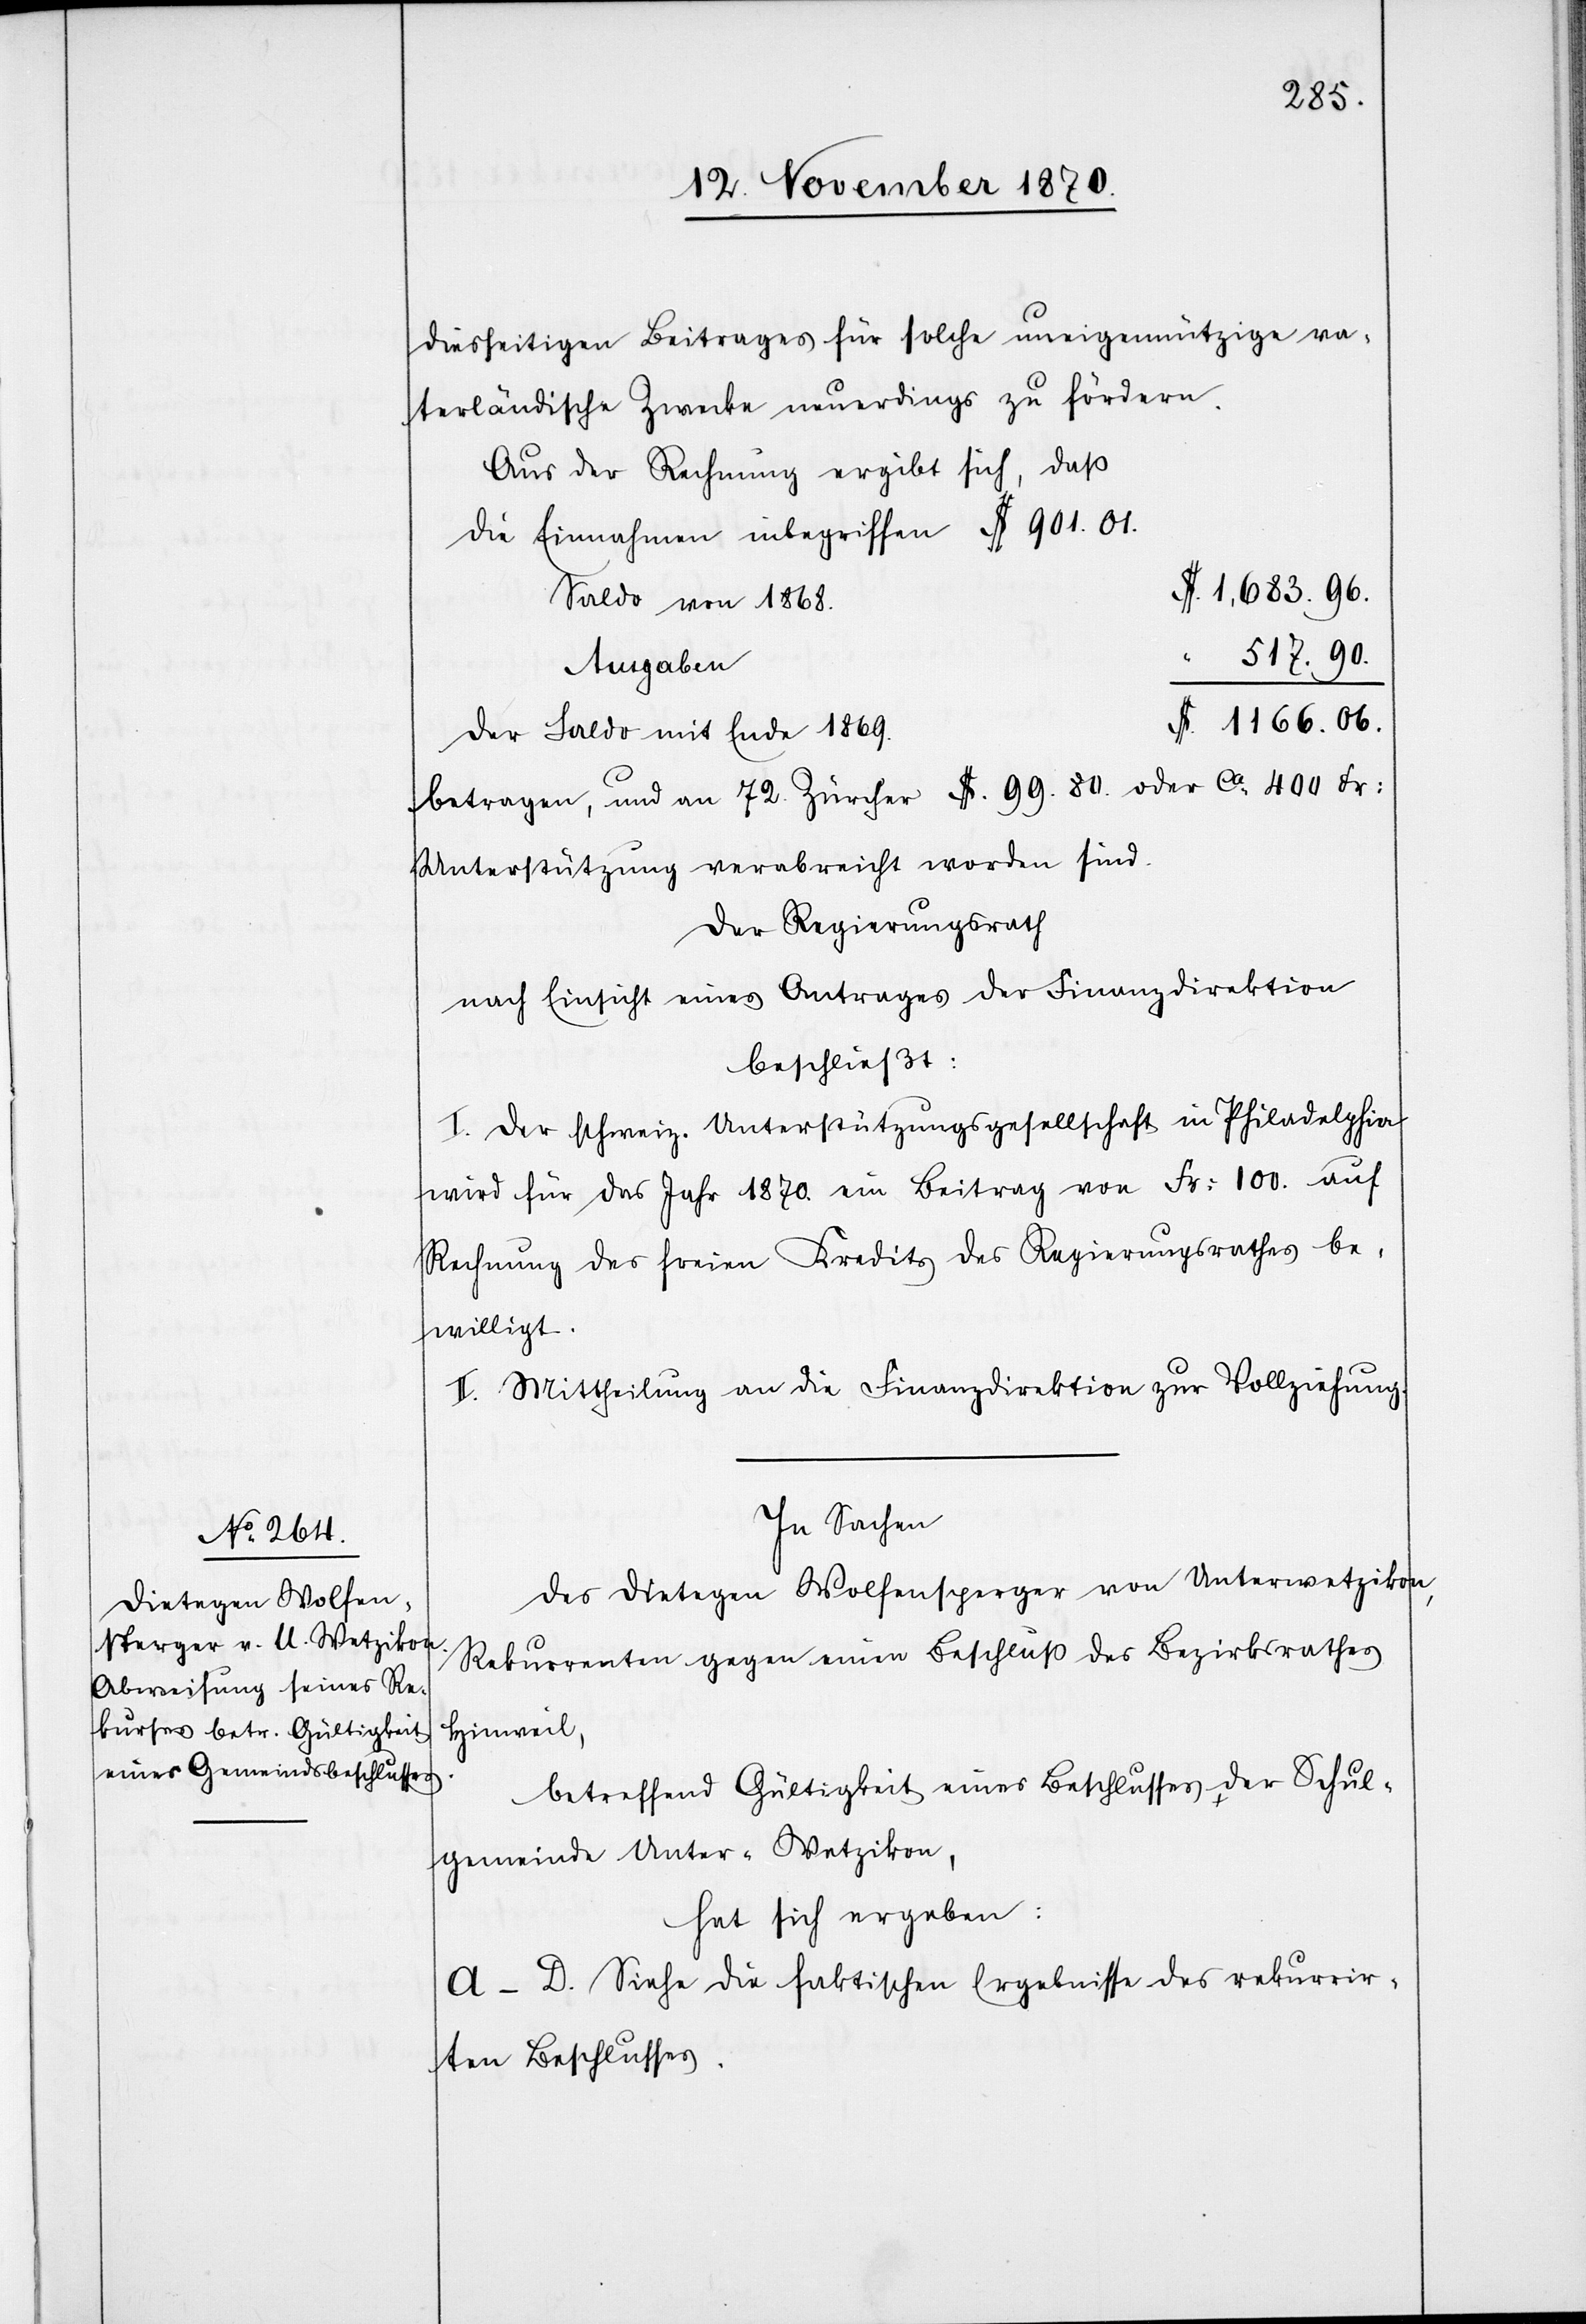
diesseitigen Beitrages für solche uneigennützige va¬
terländische Zwecke neuerdings zu fördern.
Aus der Rechnung ergibt sich, daß
die Einnahmen inbegriffen $ 901.01
$ 1,683.96.
Saldo von 1868.
517.90.
Ausgaben
$ 1166.06.
der Saldo mit Ende 1869.
betragen, und an 72. Zürcher $. 99.80. oder ca. 400 Fr:
Unterstützung verabreicht worden sind.
Der Regierungsrath
nach Einsicht eines Antrages der Finanzdirektion
beschließt:
I. Der schweiz. Unterstützungsgesellschaft in Philadelphia
wird für das Jahr 1870. ein Beitrag von Fr: 100 auf
Rechnung des freien Kredits des Regierungsrathes be¬
willigt.
II. Mittheilung an die Finanzdirektion zur Vollziehung.
In Sachen
des Dietegen Wolfensperger von Unterwetzikon,
Rekurrenten gegen einen Beschluß des Bezirksrathes
Hinweil,
betreffend Gültigkeit eines Beschlusses der Schul¬
gemeinde Unter-Wetzikon,
hat sich ergeben:
A–D. Siehe die faktischen Ergebnisse des rekurrir¬
ten Beschlusses.